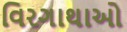
વિરગાથાઓ